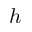
h